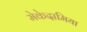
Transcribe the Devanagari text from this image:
मेकेदामिया